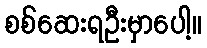
စစ်ဆေးရဦးမှာပေါ့။